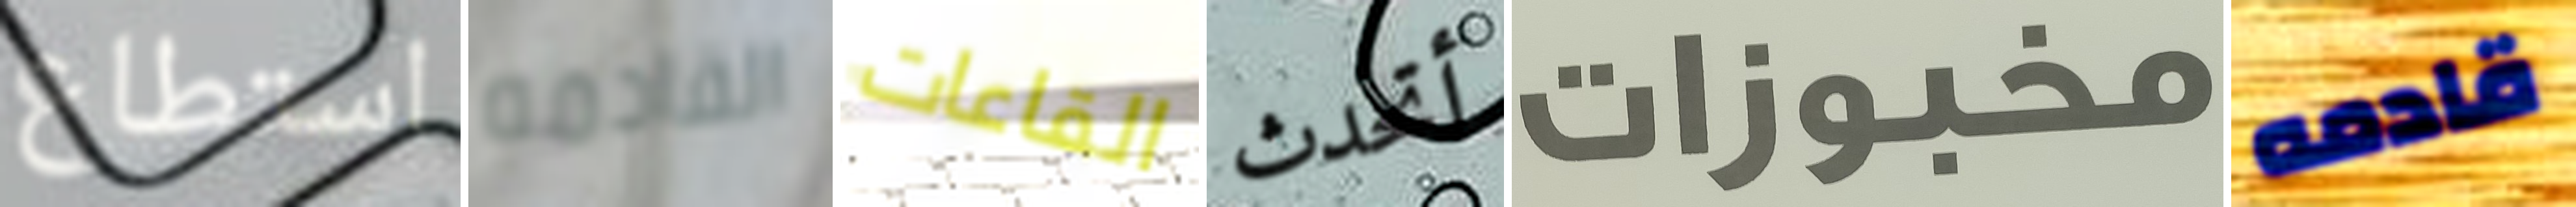
استطاع القادمه القاعات أتحدث مخبوزات قادمه